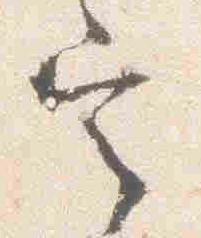
定